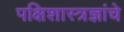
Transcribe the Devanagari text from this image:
पक्षिशास्त्रज्ञांचे